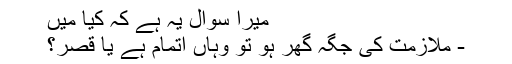
میرا سوال یہ ہے کہ کیا میں
- ملازمت کی جگہ گھر ہو تو وہاں اتمام ہے یا قصر؟